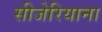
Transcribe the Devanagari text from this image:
सीजेरियाना